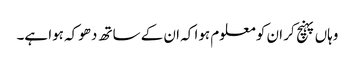
وہاں پہنچ کر ان کو معلوم ہوا کہ ان کے ساتھ دھوکہ ہوا ہے۔